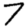
Digit: 7